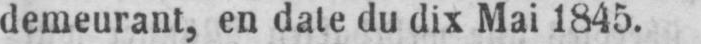
demeurant, en date du dix Mai 1845.